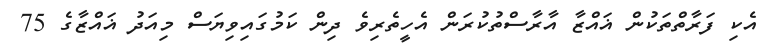
އެކި ފަރާތްތަކުން ޣައްޒާ އާރާސްތުކުރަން އެހީތެރިވެ ދިން ކަމުގައިވިޔަސް މިއަދު ޣައްޒާގެ 75